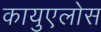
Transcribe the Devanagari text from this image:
कायुएलोस